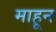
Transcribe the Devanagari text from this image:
माहून